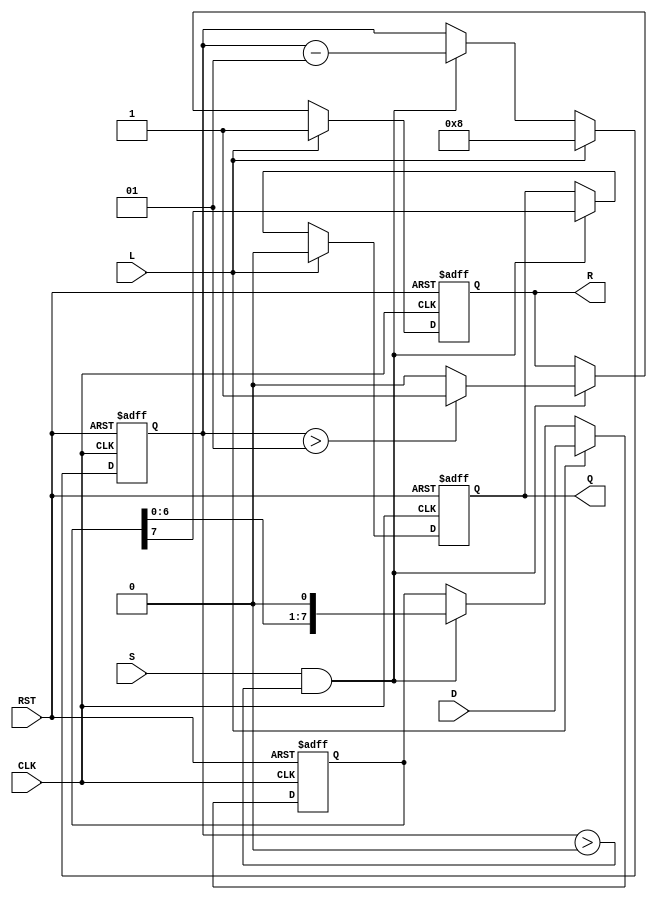
module PISO_Register #(
    parameter WIDTH = 8 // Parameter to define the width of the register
)(
    input  wire [WIDTH-1:0] D,     // Data input
    input  wire L,                 // Load signal
    input  wire S,                 // Shift signal
    input  wire CLK,               // Clock signal
    input  wire RST,               // Asynchronous reset
    output reg  Q,                 // Serial output
    output reg  R                  // Ready signal
);

    reg [WIDTH-1:0] R_reg;         // Internal register to hold data
    integer count;                  // Count for shifting bits

    always @(posedge CLK or posedge RST) begin
        if (RST) begin
            R_reg <= 0;            // Clear register on reset
            Q <= 0;                // Clear output
            count <= 0;            // Reset count
            R <= 1;                // Initially ready
        end else if (L) begin
            R_reg <= D;            // Load data on Load signal
            Q <= 0;                // Clear output
            count <= WIDTH;        // Set count to the width of the register
            R <= 1;                // Ready to shift
        end else if (S && count > 0) begin
            Q <= R_reg[WIDTH - 1]; // Shift out the MSB
            R_reg <= R_reg << 1;   // Shift left (toward the MSB)
            count <= count - 1;    // Decrement the count
            R <= (count > 1) ? 1 : 0; // Update ready signal
        end
    end

endmodule